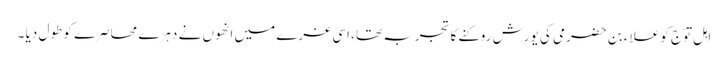
اہل توّج کو علاء بن حضرمی کی یورش روکنے کا تجربہ تھا ،اسی غرے میں انھوں نے دہرے محاصرے کو طول دیا ۔